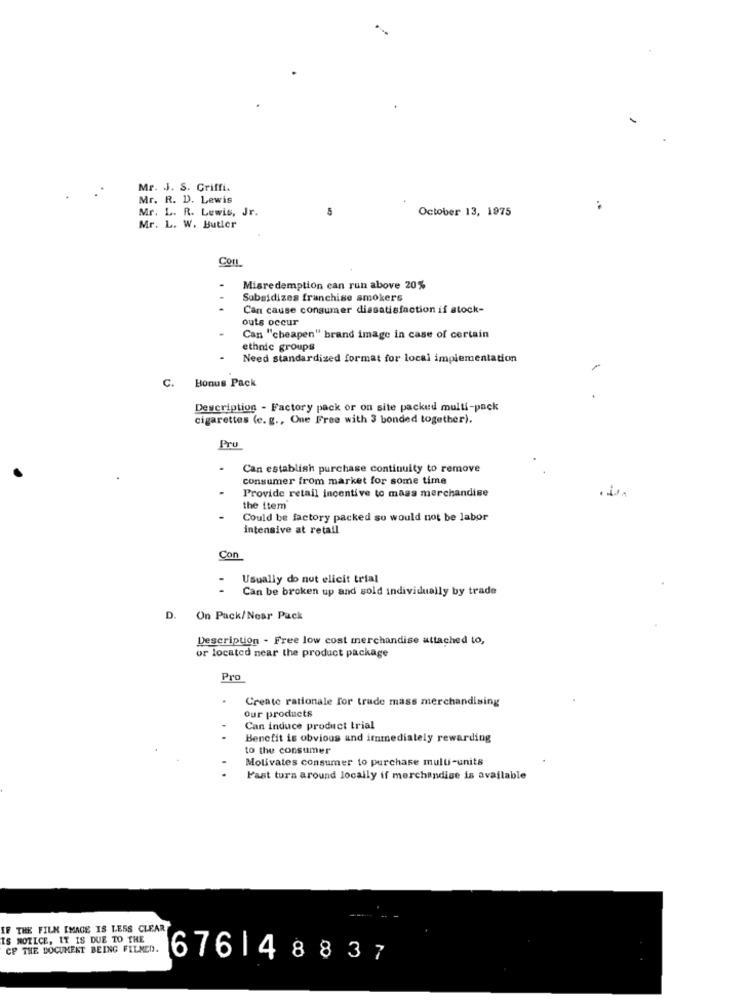
Mr. J. S. Griffi.
Mr. R. D. Lewis
Mr. L. R. Lewis, Jr.
October 13, 1975
Mr. L. W. Butler
Cor
Misredemption can run above 20%
Subsidizes franchise smokers
Can cause consumer dissatisfaction if stock-
outs occur
Can "cheapen" brand image in case of certain
ethnic groups
Need standardized format for local implementation
C.
Bonus Pack
Description - Factory pack or on site packed multi-pack
cigarettes (e. g ., One Free with 3 bonded together).
Pru
.
Can establish purchase continuity to remove
consumer from market for some time
Provide retail incentive to mass merchandise
the item
Could be factory packed su would not be labor
intensive at retail
Con
Usually do nut elicit trial
Can be broken up and sold individually by trade
D. On Pack/Near Pack
Description - Free low cost merchandise attached to,
or located near the product package
Pro
.
Create rationale for trade mass merchandising
our products
Can induce product trial
Benefit is obvious and immediately rewarding
to the consumer
Motivates consumer to purchase multi-units
Fast turn around locally if merchandise is available
IF THE FILM IMAGE IS LESS CLEAR
IS NOTICE, IT IS DUE TO THE
CF THE DOCUMENT BEING FILMED.
6761 48837